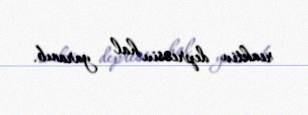
reaktiv depressiv hal yaranıb.